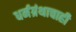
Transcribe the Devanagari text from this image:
धर्मग्रंथाचाही